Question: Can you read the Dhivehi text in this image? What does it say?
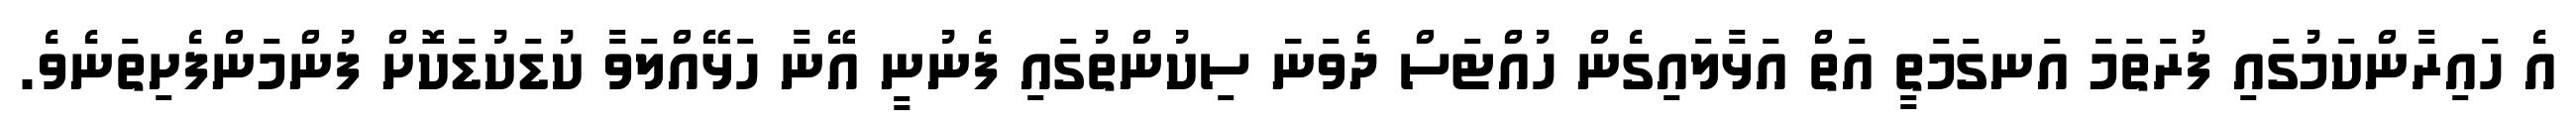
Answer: އެ ހައިރާންކަމުގައި ފުރަތަމަ އަނގަމަތީ އަތް އަޅާލައިގެން ހުއްޓަސް ދެވަނަަ ސިކުންތުގައި ފެނުނީ އޭނާ ހަޅޭއްލަވާ ކުޑަކުޑަކޮށް ފުންމަންފެށިތަނެވެ.